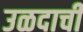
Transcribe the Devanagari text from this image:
उळदाची